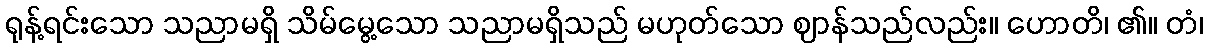
ရုန့်ရင်းသော သညာမရှိ သိမ်မွေ့သော သညာမရှိသည် မဟုတ်သော ဈာန်သည်လည်း။ ဟောတိ၊ ၏။ တံ၊